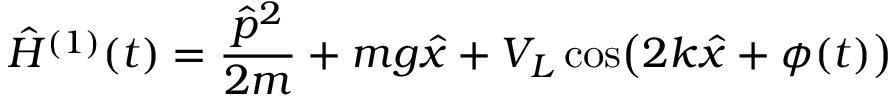
\hat { H } ^ { ( 1 ) } ( t ) = \frac { \hat { p } ^ { 2 } } { 2 m } + m g \hat { x } + V _ { L } \cos \bigl ( 2 k \hat { x } + \phi ( t ) \bigr )